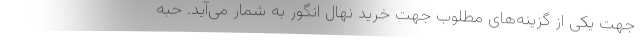
جهت یکی از گزینه‌های مطلوب جهت خرید نهال انگور به شمار می‌آید. حبه